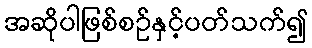
အဆိုပါဖြစ်စဉ်နှင့်ပတ်သက်၍